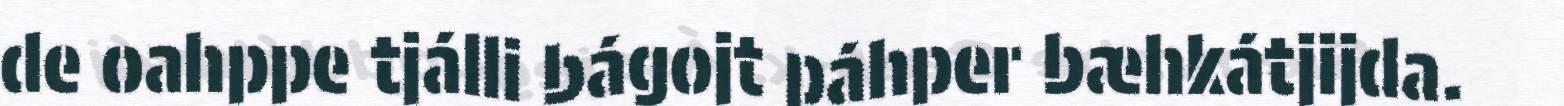
de oahppe tjálli bágojt páhper bæhkátjijda.